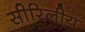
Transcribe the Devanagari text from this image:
सीरिलीय